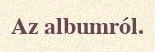
Az albumról.